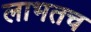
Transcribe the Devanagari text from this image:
लाभतच